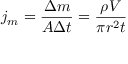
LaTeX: j _ { m } = { \frac { \Delta m } { A \Delta t } } = { \frac { \rho V } { \pi r ^ { 2 } t } }